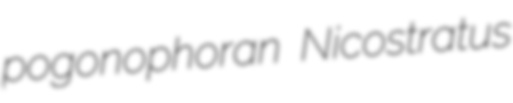
pogonophoran Nicostratus